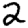
Digit: 2